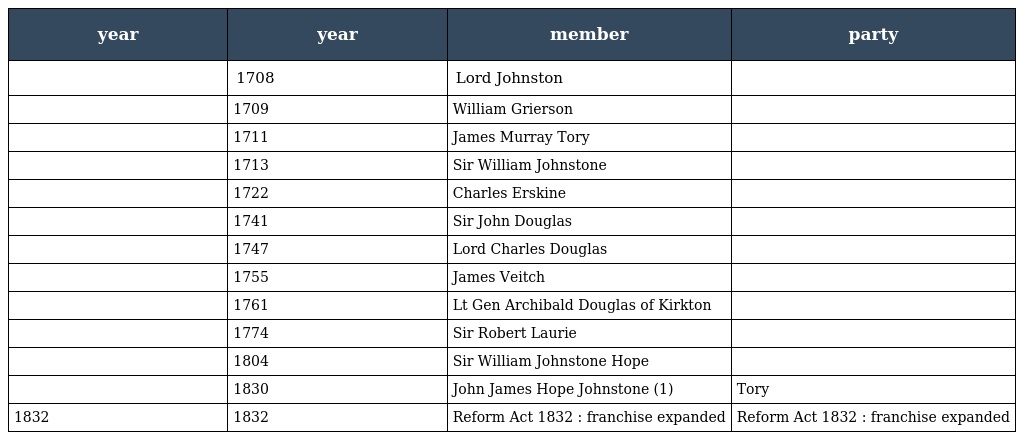
| year | year | member | party |
 | --- | --- | --- | --- |
 |  | 1708 | Lord Johnston |  |
 |  | 1709 | William Grierson |  |
 |  | 1711 | James Murray Tory |  |
 |  | 1713 | Sir William Johnstone |  |
 |  | 1722 | Charles Erskine |  |
 |  | 1741 | Sir John Douglas |  |
 |  | 1747 | Lord Charles Douglas |  |
 |  | 1755 | James Veitch |  |
 |  | 1761 | Lt Gen Archibald Douglas of Kirkton |  |
 |  | 1774 | Sir Robert Laurie |  |
 |  | 1804 | Sir William Johnstone Hope |  |
 |  | 1830 | John James Hope Johnstone (1) | Tory |
 | 1832 | 1832 | Reform Act 1832 : franchise expanded | Reform Act 1832 : franchise expanded |